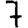
Digit: 7